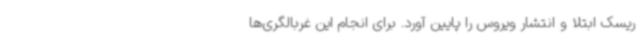
ریسک ابتلا و انتشار ویروس را پایین آورد. برای انجام این غربالگری‌ها